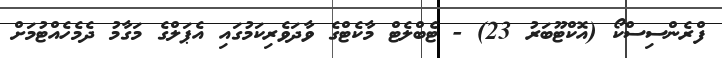
ފްރެންސިސްކޯ (އޮކްޓޫބަރު 23) - ޓެބްލެޓް މާކެޓްގެ ވާދަވެރިކަމުގައި އެޕަލްގެ މަގާމު ދެމެހެއްޓުމަށް